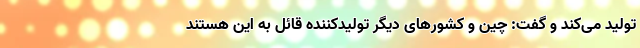
تولید می‌کند و گفت: چین و کشورهای دیگر تولیدکننده قائل به این هستند